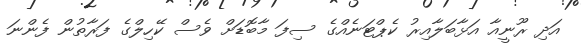
އަދި ރޫނީއާ އަޅާބަލާއިރު ކެޕްޓަނެއްގެ ސިފަ މާބޮޑަށް ވެސް ކޭހިލްގެ ފަރާތުން ފެންނަ